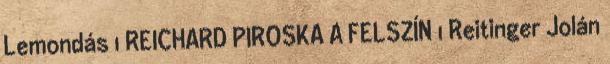
Lemondás 1 REICHARD PIROSKA A FELSZÍN 1 Reitinger Jolán